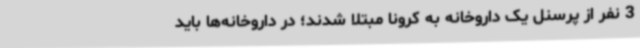
3 نفر از پرسنل یک داروخانه به کرونا مبتلا شدند؛ در داروخانه‌ها باید